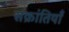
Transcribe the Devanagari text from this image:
संक्रांतियाँ